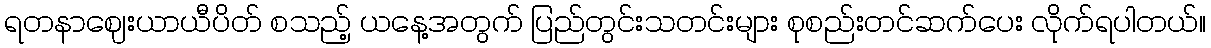
ရတနာဈေးယာယီပိတ် စသည့် ယနေ့အတွက် ပြည်တွင်းသတင်းများ စုစည်းတင်ဆက်ပေး လိုက်ရပါတယ်။